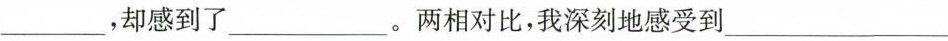
___，却感到了___。两相对比，我深刻地感受到___